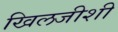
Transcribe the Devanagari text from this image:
खिलजीशी